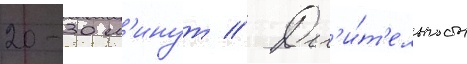
20-30 м'инут // Дл'и́т'ельность